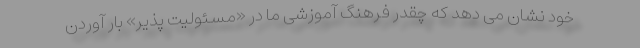
خود نشان می دهد که چقدر فرهنگ آموزشی ما در «مسئولیت پذیر» بار آوردن